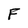
Character: F